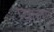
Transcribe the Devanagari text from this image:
प्याकर